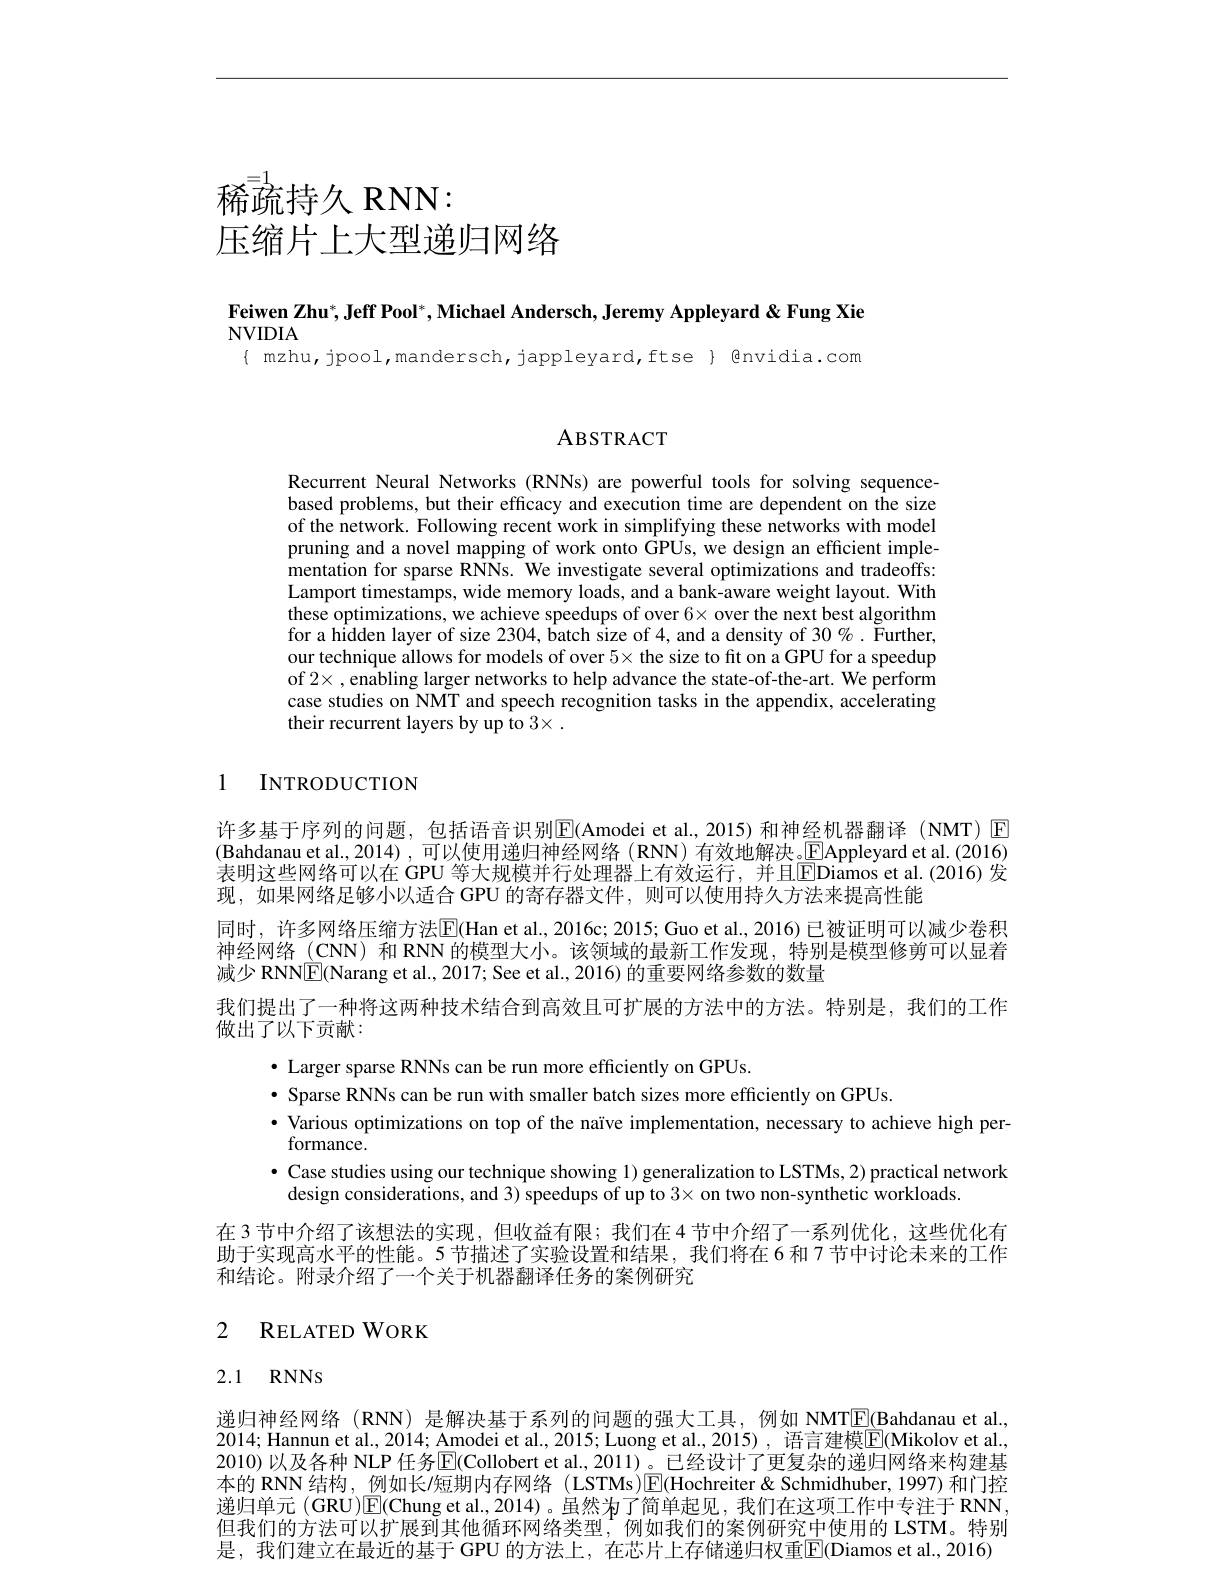
# 稀疏持久 RNN: 压缩片上大型递归网络

Feiwen Zhu$^* , \textbf{Jeff Pool}^* , \textbf{Michael Andersch, Jeremy Appleyard\"{ } Xie}$

NVIDIA

{ mzhu, jpool, mandersch, jappleyard, ftse} $ Qnvidia. com

ABSTRACT

Recurrent Neural Networks (RNNs) are powerful tools for solving sequencebased problems, but their efficacy and execution time are dependent on the size of the network. Following recent work in simplifying these networks with model pruning and a novel mapping of work onto GPUs, we design an efficient implementation for sparse RNNs. We investigate several optimizations and tradeoffs: Lamport timestamps, wide memory loads, and a bank-aware weight layout. With these optimizations, we achieve speedups of over 6× over the next best algorithm for a hidden layer of size 2304, batch size of 4, and a density of 30%. Yurther, our technique allows for models of over 5× the size to ft on a GPU for a speedup of 2× , enabling larger networks to help advance the state-of-the-art. We perform case studies on NMT and speech recognition tasks in the appendix, accelerating their recurrent layers by up to 3× .

# 1 INTRODUCTION

许多基于序列的问题，包括语音识别$\boxed{\mathrm{E}}($Amodei et al., 2015)和神经机器翻译(NMT)▣ (Bahdanau et al.,2014),可以使用递归神经网络(RNN)有效地解决。$\underline{\mathrm{E}}$Appleyard et al.(2016) 表明这些网络可以在 GPU 等大规模并行处理器上有效运行，并且$\overline {\mathrm{E} }$Diamos et al. ( 2016) 发 现，如果网络足够小以适合 GPU 的寄存器文件，则可以使用持久方法来提高性能
同时，许多网络压缩方法$\overline{\mathrm{E}}($Han et al., 2016c; 2015; Guo et al., 2016) 已被证明可以减少卷积神经网络(CNN) 和 RNN 的模型大小。该领域的最新工作发现，特别是模型修剪可以显着减少 RNN$\boxed{\mathbb{E}}($Narang et al., 2017; See et al., 2016) 的重要网络参数的数量
我们提出了一种将这两种技术结合到高效且可扩展的方法中的方法。特别是，我们的工作
做出了以下贡献：
$\bullet$ Larger sparse RNNs can be run more efficiently on GPUs.
· Sparse RNNs can be run with smaller batch sizes more efficiently on GPUs
$\bullet$ Various optimizations on top of the naïve implementation, necessary to achieve high per-
formance.
$\bullet$ Case studies using our technique showing 1) generalization to LSTMs, 2) practical network
design considerations, and 3) speedups of up to 3× on two non-synthetic workloads
在 3 节中介绍了该想法的实现，但收益有限；我们在 4 节中介绍了一系列优化，这些优化有助于实现高水平的性能。5 节描述了实验设置和结果，我们将在 6 和 7 节中讨论未来的工作和结论。附录介绍了一个关于机器翻译任务的案例研究

# 2 RELATED WORK

## 2.1 RNNS

递归神经网络(RNN) 是解决基于系列的问题的强大工具，例如 NMTE(Bahdanau et al. 2014; Hannun et al., 2014; Amodei et al., 2015; Luong et al., 2015), { }语言建模$\boxed{\mathrm{F}}($Mikolov et al., 2010) 以及各种 NLP 任务$\overline{\mathrm{E}}($Collobert et al., 2011)。已经设计了更复杂的递归网络来构建基本的 RNN 结构，例如长/短期内存网络 (LSTMs)$\boxed{\mathrm{F}}($Hochreiter &Schmidhuber,1997) 和门控递归单元 (GRU)$\boxed{\mathrm{E}}($Chung et al.,2014)。虽然为了简单起见，我们在这项工作中专注于 RNN 但我们的方法可以扩展到其他循环网络类型，例如我们的案例研究中使用的 LSTM。特别是，我们建立在最近的基于 GPU 的方法上，在芯片上存储递归权重$\boxed{\mathrm{E}}($Diamos et al.,2016)